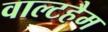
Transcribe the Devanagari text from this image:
वाल्टहैम